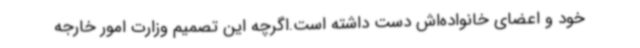
خود و اعضای خانواده‌اش دست داشته است.اگرچه این تصمیم وزارت امور خارجه